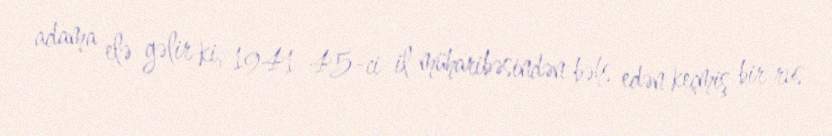
adama elə gəlir ki, 1941-45-ci il müharibəsindən bəhs edən keçmiş bir rus